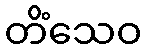
တိံသေဝ